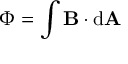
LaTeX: \Phi = \int \mathbf { B } \cdot \mathrm { d } \mathbf { A }